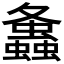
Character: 𧔔